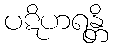
ပဋိဟရန္တိ